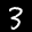
Label: 3